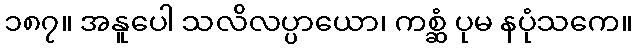
၁၈၇။ အနူပေါ သလိလပ္ပာယော၊ ကစ္ဆံ ပုမ နပုံသကေ။